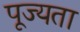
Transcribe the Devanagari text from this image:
पूज्यता